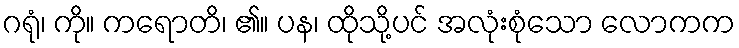
ဂရုံ၊ ကို။ ကရောတိ၊ ၏။ ပန၊ ထိုသို့ပင် အလုံးစုံသော လောကက